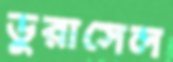
ডুরাসেল